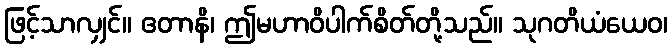
ဖြင့်သာလျှင်။ ဧတာနိ၊ ဤမဟာဝိပါက်စိတ်တို့သည်။ သုဂတိယံယေဝ၊